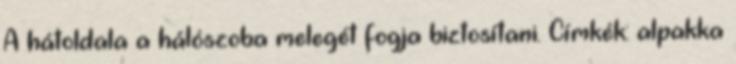
A hátoldala a hálószoba melegét fogja biztosítani. Címkék: alpakka